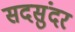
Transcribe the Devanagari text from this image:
सदसुंदर